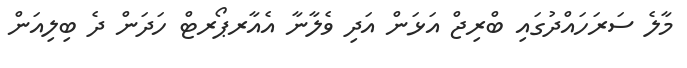
މާލެ ސަރަހައްދުގައި ބްރިޖް އަޅަން އަދި ވެލާނާ އެއާރޕޯރޓް ހަދަން ދެ ބިލިއަން